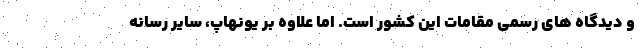
و دیدگاه های رسمی مقامات این کشور است. اما علاوه بر یونهاپ، سایر رسانه